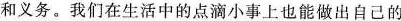
和义务。我们在生活中的点滴小事上也能做出自己的